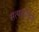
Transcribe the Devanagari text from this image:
सत्यवादिनी